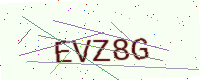
Text: EVZ8G